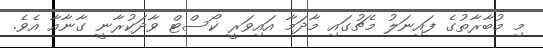
މި މުބާރާތުގެ ފައިނަލު މެޗުގައި މާދަމާ އައިވަރީ ކޯސްޓް ވާދަކުރާނީ ގާނާއާ އެވެ.